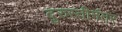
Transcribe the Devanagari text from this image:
दुरुस्तीनंतर